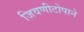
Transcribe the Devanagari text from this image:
जिवणीटोपाने